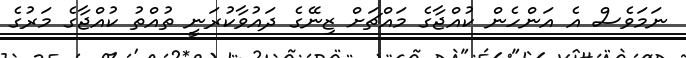
ނަމަވެސް އެ އަންހެން ކުއްޖާގެ މައްޗަށް ޒިނޭގެ ދައުވާކުރަނީ ތުއްތު ކުއްޖާގެ މަރުގެ